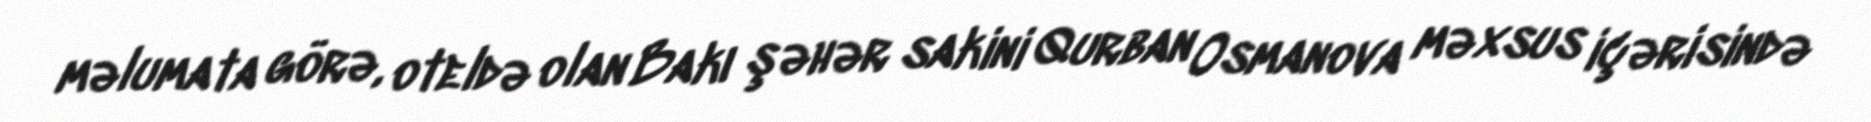
məlumata görə, oteldə olan Bakı şəhər sakini Qurban Osmanova məxsus içərisində